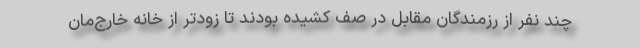
چند نفر از رزمندگان مقابل در صف کشیده بودند تا زودتر از خانه خارج‌مان